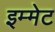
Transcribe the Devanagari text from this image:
इम्मेट